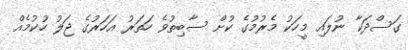
ގަސްދަކާ ނުލައި މީހަކު މެރުމުގެ ކުށް ސާބިތުވެ ހަތަރު އަހަރުގެ ޖަލު ހުކުމެއް